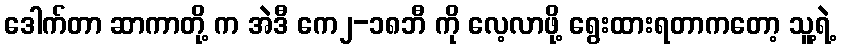
ဒေါက်တာ ဆာကာတို့ က အဲဒီ ကေ၂-၁၈ဘီ ကို လေ့လာဖို့ ရွေးထားရတာကတော့ သူ့ရဲ့